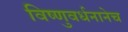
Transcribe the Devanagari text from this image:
विष्णुवर्धनानेच